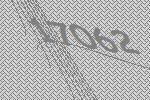
17062